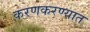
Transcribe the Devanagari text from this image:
करणकरण्यात